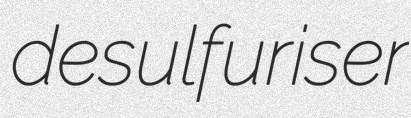
desulfuriser